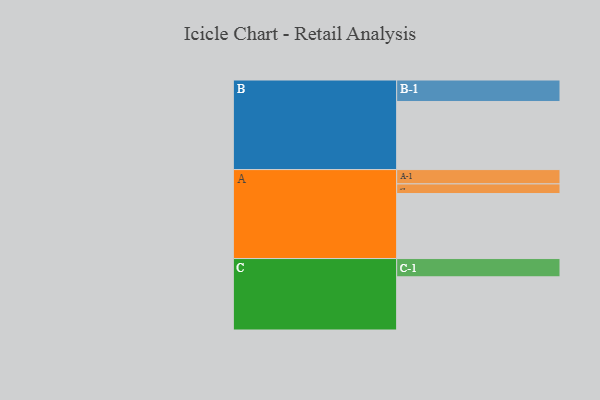
{"axis": {"x": "Segment", "y": "Value"}, "legend": ["", "A", "B", "C"], "data": [{"x": "A", "y": 527, "type": ""}, {"x": "B", "y": 552, "type": ""}, {"x": "C", "y": 431, "type": ""}, {"x": "A-1", "y": 116, "type": "A"}, {"x": "A-2", "y": 78, "type": "A"}, {"x": "B-1", "y": 174, "type": "B"}, {"x": "C-1", "y": 148, "type": "C"}]}